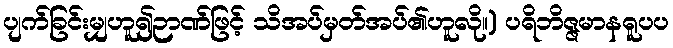
ပျက်ခြင်းမျှဟူ၍ဉာဏ်ဖြင့် သိအပ်မှတ်အပ်၏ဟူလို။) ပရိဘိဇ္ဇမာနရူပပ